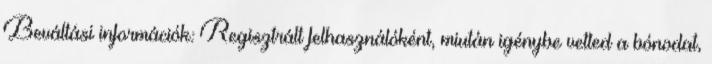
Beváltási információk: Regisztrált felhasználóként, miután igénybe vetted a bónodat,